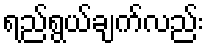
ရည်ရွယ်ချက်လည်း